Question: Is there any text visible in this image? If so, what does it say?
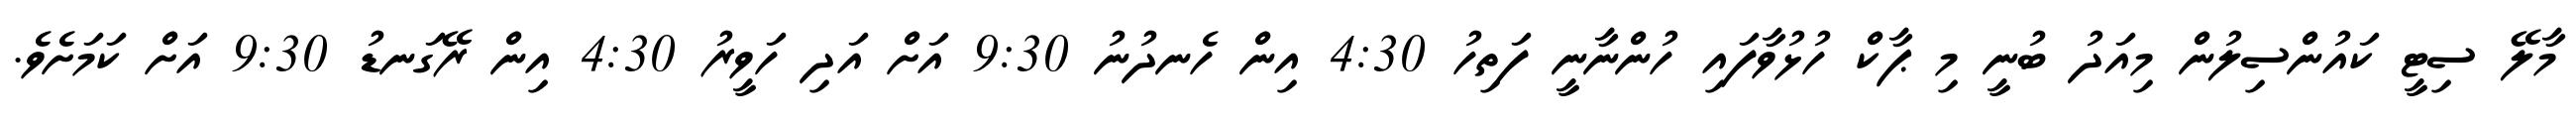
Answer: މާލޭ ސިޓީ ކައުންސިލުން މިއަދު ބުނީ މި ޕާކް ހުޅުވާފައި ހުންނާނީ ފަތިހު 4:30 އިން ހެނދުނު 9:30 އަށް އަދި ހަވީރު 4:30 އިން ރޭގަނޑު 9:30 އަށް ކަމަށެވެ.